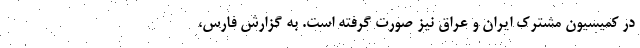
در کمیسیون مشترک ایران و عراق نیز صورت گرفته است. به گزارش فارس،